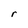
Character: r